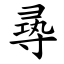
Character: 㝷